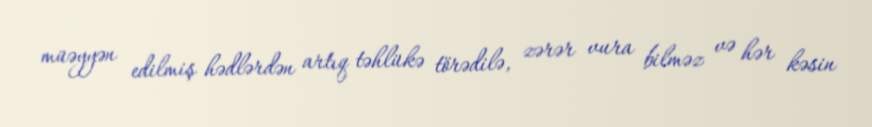
müəyyən edilmiş hədlərdən artıq təhlükə törədilə, zərər vura bilməz və hər kəsin